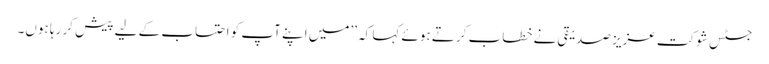
جسٹس شوکت عزیز صدیقی نے خطاب کرتے ہوئے کہا کہ ’’میں اپنے آپ کو احتساب کے لیے پیش کر رہا ہوں۔